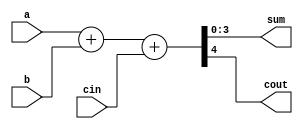
module multibitadder(a, b, cin, sum, cout);
  input [3:0] a, b;  
  input cin;          
  output [3:0] sum;   
  output cout;        

  assign {cout, sum} = a + b + cin;
endmodule